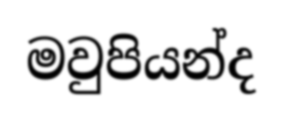
මවුපියන්ද